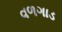
વળગાડ